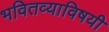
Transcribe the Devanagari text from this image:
भवितव्याविषयी